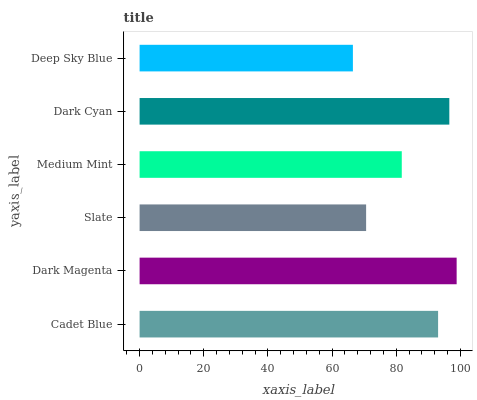
| yaxis_label | bars |
 | --- | --- |
 | Cadet Blue | 93 |
 | Dark Magenta | 98.8 |
 | Slate | 70.6 |
 | Medium Mint | 81.7 |
 | Dark Cyan | 96.5 |
 | Deep Sky Blue | 66.5 |